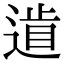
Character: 𨕐